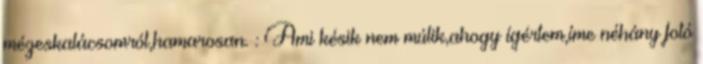
mézeskalácsomról,hamarosan. : Ami késik nem múlik,ahogy ígértem,íme néhány fotó